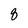
Character: 8